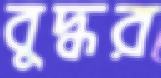
বুদ্ধর